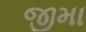
જીમા